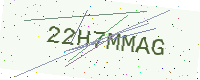
Text: 22H7MMAG